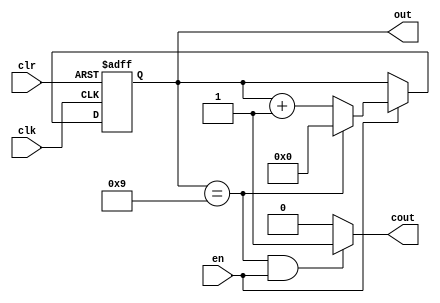
module count10(out,cout,en,clr,clk);
output[3:0] out;
output cout;
input en,clr,clk;
reg[3:0] out;

always @(posedge clk or posedge clr) 
  begin 
	if (clr)  out = 0;
	else   if(en)
	begin
	if(out==9) 	out=0;
	else  		out = out+1;
	end
  end

assign  cout =((out==9)&en)?1:0;
endmodule